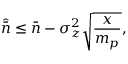
\widehat { \bar { n } } \leq \bar { n } - \sigma _ { z } ^ { 2 } \sqrt { \frac { x } { m _ { p } } } ,